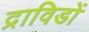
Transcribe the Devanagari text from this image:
द्राविडों